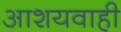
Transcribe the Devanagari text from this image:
आशयवाही